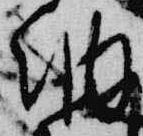
納